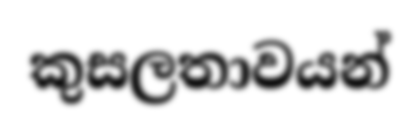
කුසලතාවයන්